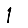
Digit: 1